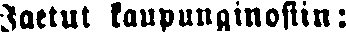
Jaetut kaupunginosiin: